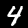
Label: 4